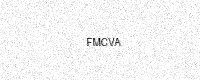
Text: FMCVA